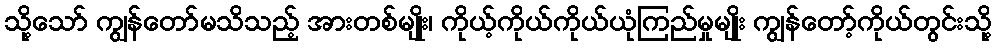
သို့သော် ကျွန်တော်မသိသည့် အားတစ်မျိုး၊ ကိုယ့်ကိုယ်ကိုယ်ယုံကြည်မှုမျိုး ကျွန်တော့်ကိုယ်တွင်းသို့